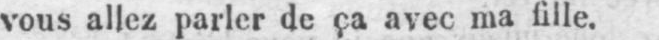
vous allez parler de ça avec ma fille.